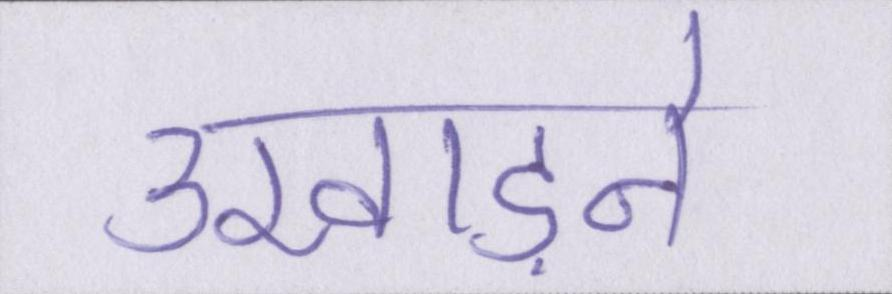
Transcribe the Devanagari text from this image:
उखाड़ने